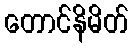
တောင်နိမိတ်